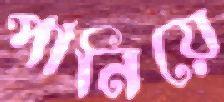
পানিয়ে